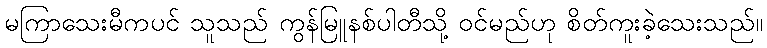
မကြာသေးမီကပင် သူသည် ကွန်မြူနစ်ပါတီသို့ ဝင်မည်ဟု စိတ်ကူးခဲ့သေးသည်။